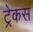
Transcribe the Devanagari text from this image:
ट्रेकस